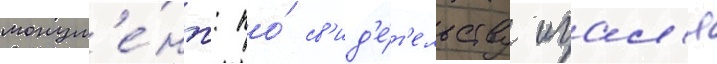
монум'е́нт: по́ св'ид'е́т'ельству игал'я